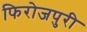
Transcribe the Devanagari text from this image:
फिरोजपुरी